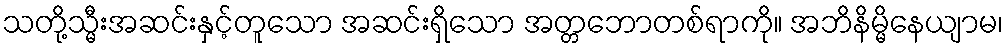
သတို့သ္မီးအဆင်းနှင့်တူသော အဆင်းရှိသော အတ္တဘောတစ်ရာကို။ အဘိနိမ္မိနေယျာမ၊